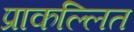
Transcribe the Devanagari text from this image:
प्राकल्लित